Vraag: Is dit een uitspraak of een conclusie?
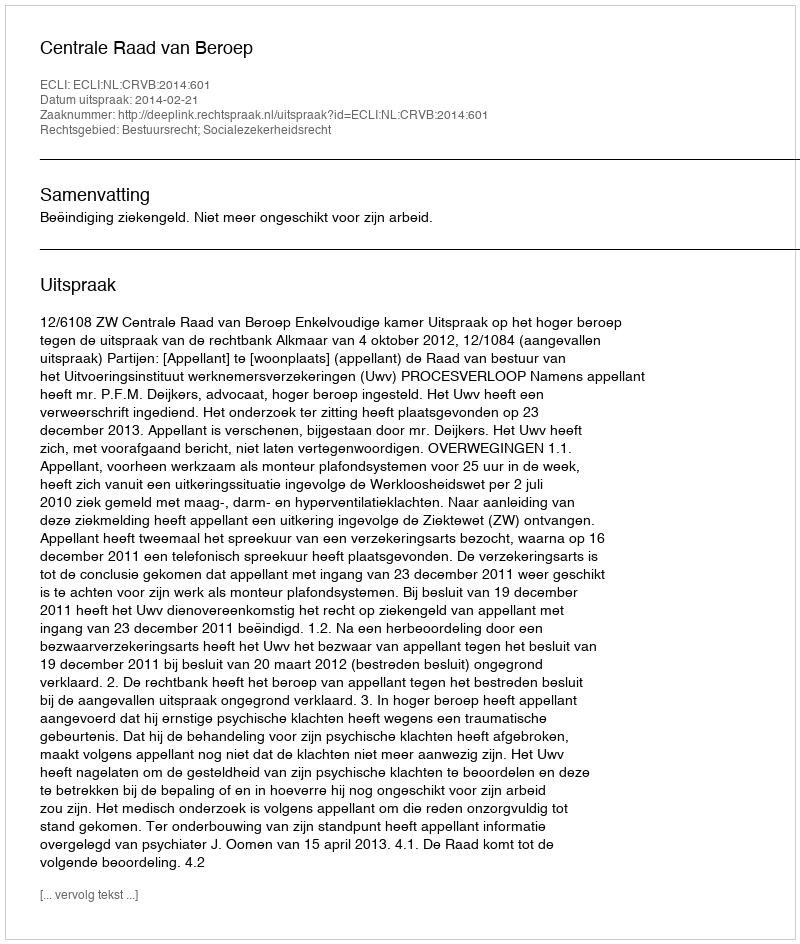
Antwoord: Uitspraak